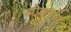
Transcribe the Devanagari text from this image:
खोटारडा